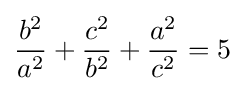
{\frac {b^{2}}{a^{2}}}+{\frac {c^{2}}{b^{2}}}+{\frac {a^{2}}{c^{2}}}=5